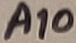
Text: A10